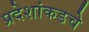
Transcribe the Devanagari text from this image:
प्रदेशांकडचे